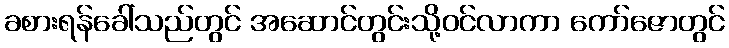
ခစားရန်ခေါ်သည်တွင် အဆောင်တွင်းသို့ဝင်လာကာ ကော်ဇောတွင်